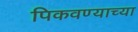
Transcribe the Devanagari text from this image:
पिकवण्याच्या